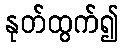
နုတ်ထွက်၍